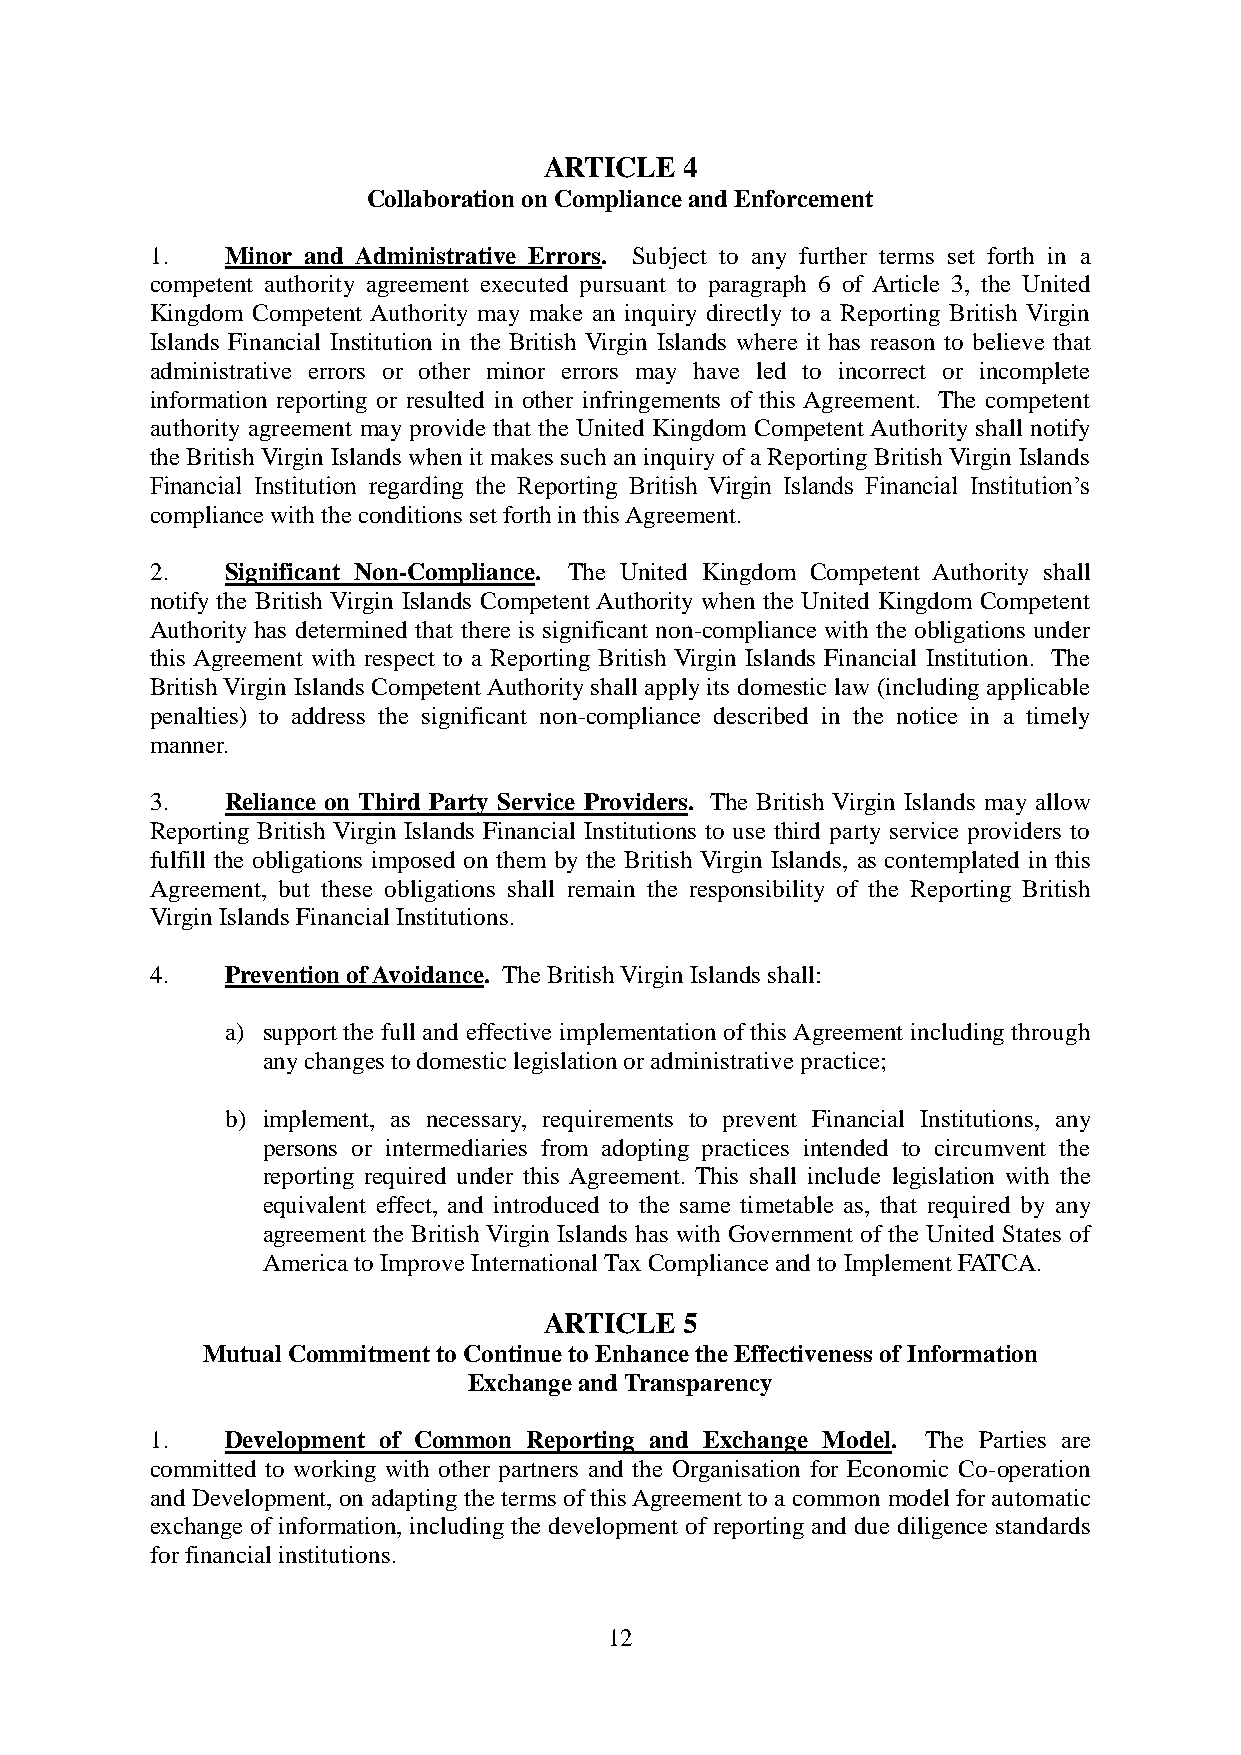
ARTICLE  4
 Collaboration on Compliance and Enforcement
 1.   Minor and Administrative Errors. Subject to any further terms set forth in a
 competent authority agreement executed pursuant to paragraph 6 of Article 3, the United
 Kingdom Competent Authority may make an inquiry directly to a Reporting British Virgin
 Islands Financial Institution in the British Virgin Islands where it has reason to believe that
 administrative errors or other minor errors may have led to incorrect or incomplete
 information reporting or resulted in other infringements of this Agreement. The competent
 authority agreement may provide that the United Kingdom Competent Authority shall notify
 the British Virgin Islands when it makes such an inquiry of a Reporting British Virgin Islands
 Financial Institution regarding the Reporting British Virgin Islands Financial Institution’s
 compliance with the conditions set forth in this Agreement.
 2.   Significant Non-Compliance. The United Kingdom Competent Authority shall
 notify the British Virgin Islands Competent Authority when the United Kingdom Competent
 Authority has determined that there is significant non-compliance with the obligations under
 this Agreement with respect to a Reporting British Virgin Islands Financial Institution. The
 British Virgin Islands Competent Authority shall apply its domestic law (including applicable
 penalties) to address the significant non-compliance described in the notice in a timely
 manner.
 3.   Reliance on Third Party Service Providers. The British Virgin Islands may allow
 Reporting British Virgin Islands Financial Institutions to use third party service providers to
 fulfill the obligations imposed on them by the British Virgin Islands, as contemplated in this
 Agreement, but these obligations shall remain the responsibility of the Reporting British
 Virgin Islands Financial Institutions.
 4.   Prevention of Avoidance. The British Virgin Islands shall:
 a) support the full and effective implementation of this Agreement including through
 any changes to domestic legislation or administrative practice;
 b) implement, as necessary, requirements to prevent Financial Institutions, any
 persons or intermediaries from adopting practices intended to circumvent the
 reporting required under this Agreement. This shall include legislation with the
 equivalent effect, and introduced to the same timetable as, that required by any
 agreement the British Virgin Islands has with Government of the United States of
 America to Improve International Tax Compliance and to Implement FATCA.
 ARTICLE  5
 Mutual Commitment to Continue to Enhance the Effectiveness of Information
 Exchange and Transparency
 1.   Development of Common Reporting and Exchange Model. The Parties are
 committed to working with other partners and the Organisation for Economic Co-operation
 and Development, on adapting the terms of this Agreement to a common model for automatic
 exchange of information, including the development of reporting and due diligence standards
 for financial institutions.
 12